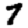
Digit: 7